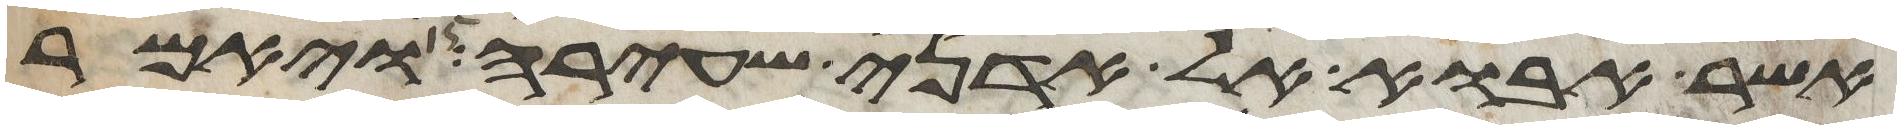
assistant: אשר אבוא אל אדני שעירה ויאמר